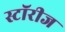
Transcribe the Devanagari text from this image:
स्टॉरीज